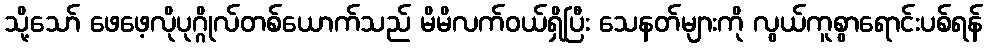
သို့သော် ဖေဖေ့လိုပုဂ္ဂိုလ်တစ်ယောက်သည် မိမိလက်ဝယ်ရှိပြီး သေနတ်များကို လွယ်ကူစွာရောင်းပစ်ရန်